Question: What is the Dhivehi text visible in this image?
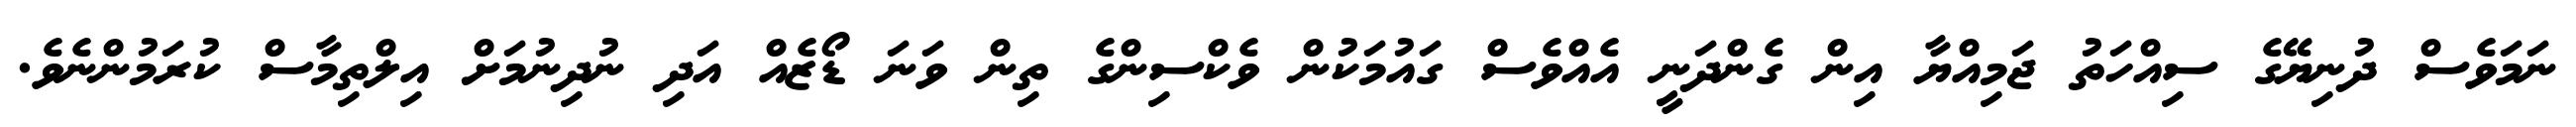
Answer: ނަމަވެސް ދުނިޔޭގެ ސިއްހަތު ޖަމިއްޔާ އިން ގެންދަނީ އެއްވެސް ގައުމަކުން ވެކްސިންގެ ތިން ވަނަ ޑޯޒެއް އަދި ނުދިނުމަށް އިލްތިމާސް ކުރަމުންނެވެ.